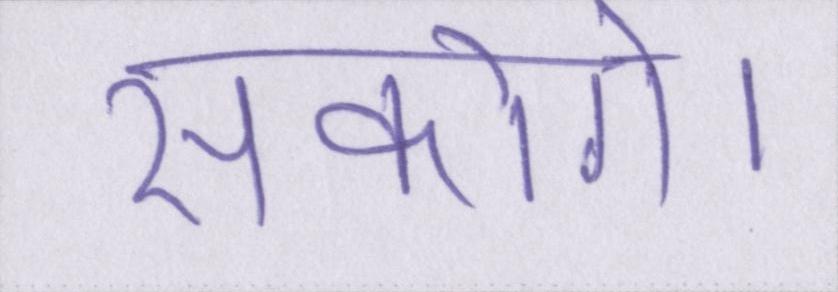
सकोगे।